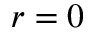
r = 0